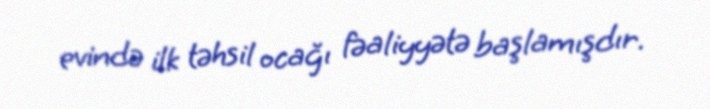
evində ilk təhsil ocağı fəaliyyətə başlamışdır.